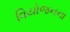
વિયોજનના